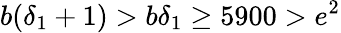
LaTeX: b(\delta_{1}+1)>b\delta_{1}\geq 5900>e^{2}